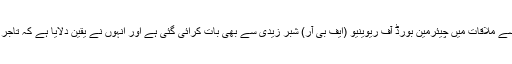
گورنر سندھ نے بتایا تھا کہ 'تاجر برادری سے ملاقات میں چیئرمین بورڈ آف ریوینیو (ایف بی آر) شبر زیدی سے بھی بات کرائی گئی ہے اور انہوں نے یقین دلایا ہے کہ تاجر برادری کے تحفظات دور کیے جائیں گے'۔